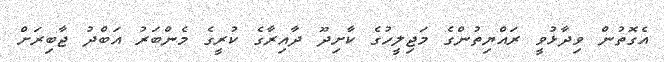
އެގޮތުން ވިދާޅުވީ ރައްޔިތުންގެ މަޖިލީހުގެ ކާށިދޫ ދާއިރާގެ ކުރީގެ މެންބަރު އަބްދު ޖާބިރަށް